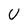
Character: U